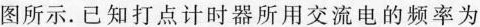
图所示。已知打点计时器所用交流电的频率为